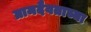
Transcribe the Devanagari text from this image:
ग्रामदैवताच्या